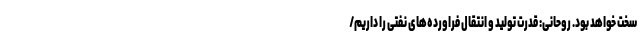
سخت خواهد بود. روحانی: قدرت تولید و انتقال فراورده‌های نفتی را داریم/